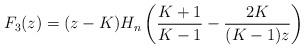
LaTeX: \begin{align*} F_3(z) = (z-K) H_n \left( \frac{K + 1}{K-1} -\frac{2K}{(K-1)z } \right) \end{align*}